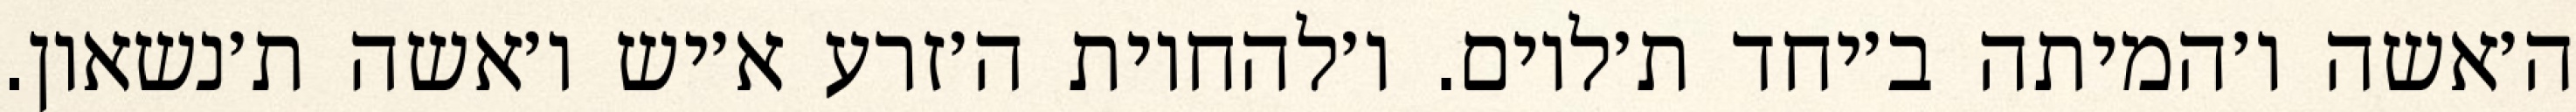
ה׳אשה ו׳המיתה ב׳יחד ת׳לוים. ו׳להחיות ה׳זרע א׳יש ו׳אשה ת׳נשאון.